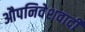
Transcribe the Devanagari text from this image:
औपनिवेशवादी